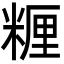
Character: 糎